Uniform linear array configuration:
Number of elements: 48
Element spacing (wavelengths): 0.5
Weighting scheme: hamming
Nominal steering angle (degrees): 30
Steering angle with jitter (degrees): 30.029
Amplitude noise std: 0.05
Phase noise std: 0.05

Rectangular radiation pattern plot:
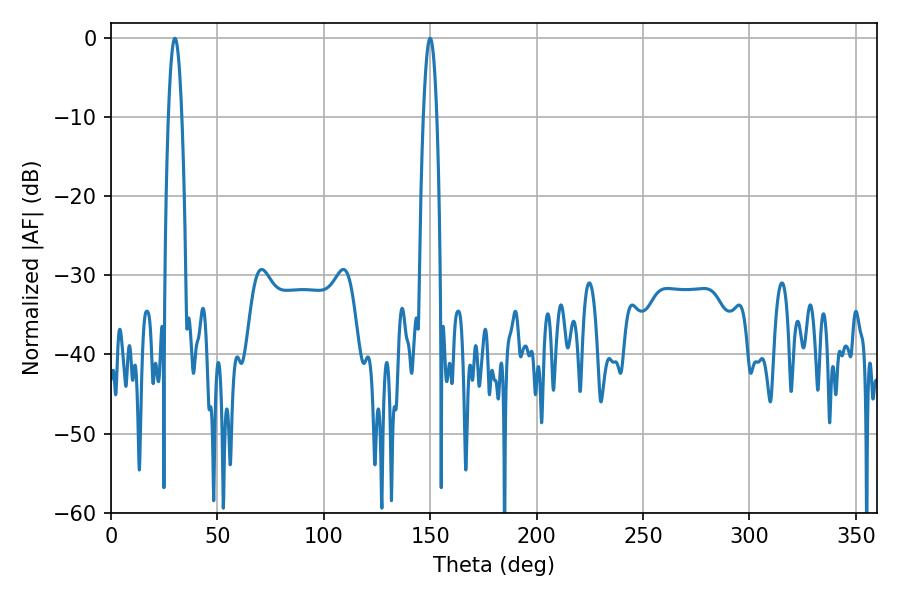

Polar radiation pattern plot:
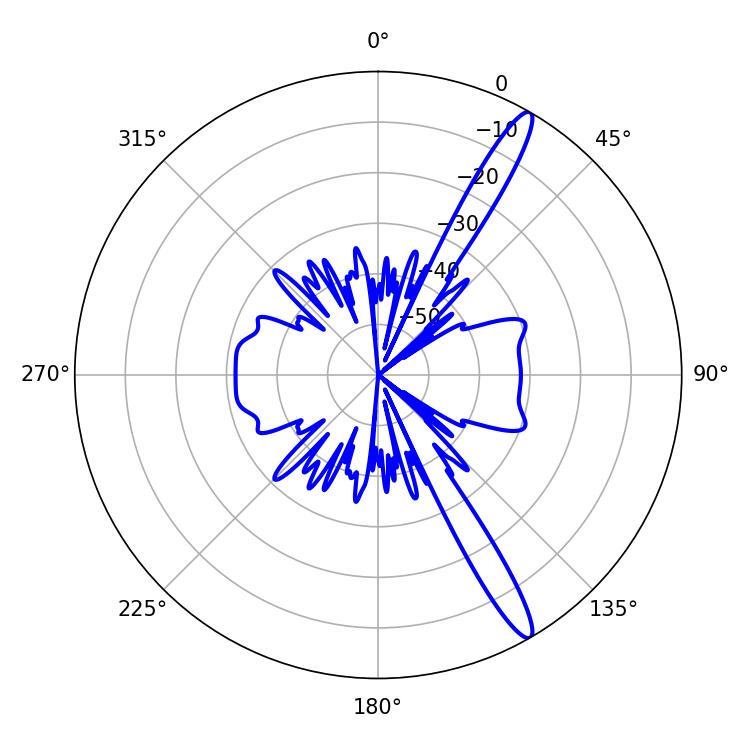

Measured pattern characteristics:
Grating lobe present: FALSE
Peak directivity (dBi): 14.794
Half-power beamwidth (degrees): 3.6
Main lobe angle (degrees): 30.06